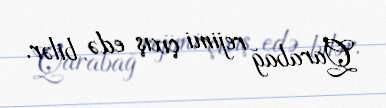
Qarabağ rejimi çıxış edə bilər.